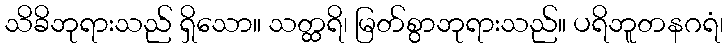
သိခိဘုရားသည် ရှိသော။ သတ္ထရိ၊ မြတ်စွာဘုရားသည်။ ပရိဘူတနဂရံ၊